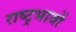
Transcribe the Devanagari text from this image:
राष्ट्रभावों